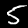
Digit: 5